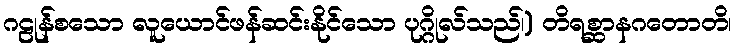
ဂဠုန်စသော လူယောင်ဖန်ဆင်းနိုင်သော ပုဂ္ဂိုလ်သည်၊) တိရစ္ဆာနဂတောတိ၊